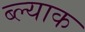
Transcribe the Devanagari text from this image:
ब्ल्याक